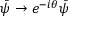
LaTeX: { \bar { \psi } } \rightarrow e ^ { - i \theta } { \bar { \psi } }